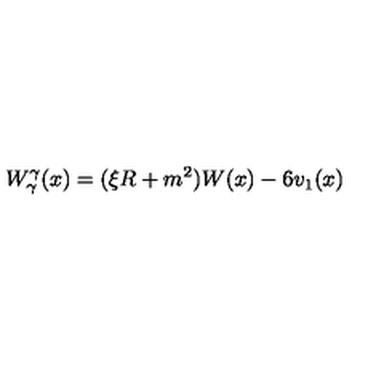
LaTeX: W _ { \gamma } ^ { \gamma } ( x ) = ( \xi R + m ^ { 2 } ) W ( x ) - 6 v _ { 1 } ( x )